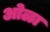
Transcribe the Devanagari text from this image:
ओळा